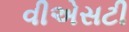
વીએસટી